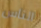
الناس